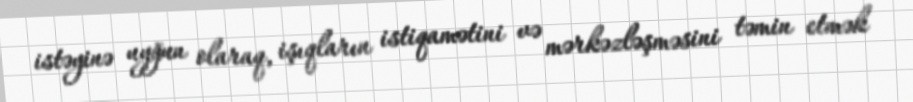
istəyinə uyğun olaraq, işıqların istiqamətini və mərkəzləşməsini təmin etmək